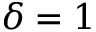
\delta = 1